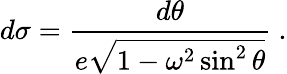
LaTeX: d\sigma={\frac{d\theta}{e\sqrt{1-\omega^{2}\sin^{2}\theta}}}\ .